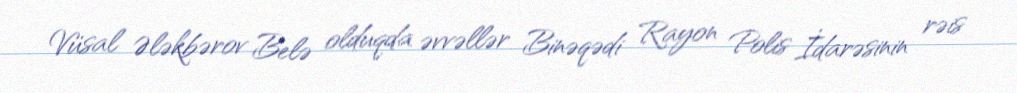
Vüsal Ələkbərov Belə olduqda əvvəllər Binəqədi Rayon Polis İdarəsinin rəis